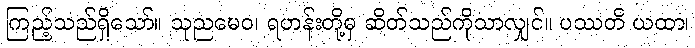
ကြည့်သည်ရှိသော်။ သုညမေဝ၊ ရဟန်းတို့မှ ဆိတ်သည်ကိုသာလျှင်။ ပဿတိ ယထာ၊